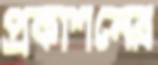
প্রকাশনের